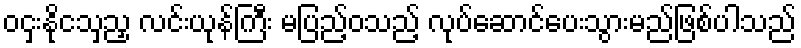
ဝငှးနိုငသှညှ လင်းယုန်ကြီး မပြည့်ဝသည့် လုပ်ဆောင်ပေးသွားမည်ဖြစ်ပါသည်